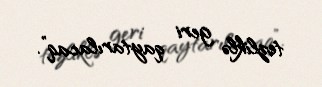
tezliklə geri qaytarılacaq”.